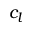
c _ { l }